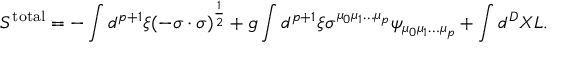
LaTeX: S ^ { \mathrm { t o t a l } } = - \int d ^ { p + 1 } \xi ( - \sigma \cdot \sigma ) ^ { \frac { 1 } { 2 } } + g \int d ^ { p + 1 } \xi \sigma ^ { \mu _ { 0 } \mu _ { 1 } \ldots \mu _ { p } } \psi _ { \mu _ { 0 } \mu _ { 1 } \ldots \mu _ { p } } + \int d ^ { D } X { \cal L } .